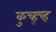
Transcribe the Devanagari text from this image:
कुच्ह्च्ह